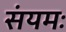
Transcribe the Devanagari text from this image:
संयमः